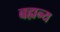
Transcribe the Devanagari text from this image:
बह्यन्य